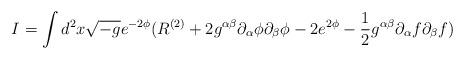
LaTeX: \begin{align*}I= \int d^2 x \sqrt{-g} e^{- 2 \phi} ( R^{(2)} + 2 g^{\alpha \beta}\partial_{\alpha} \phi \partial_{\beta} \phi - 2 e^{2 \phi}- \frac{1}{2} g^{\alpha \beta} \partial_{\alpha} f \partial_{\beta} f)\end{align*}